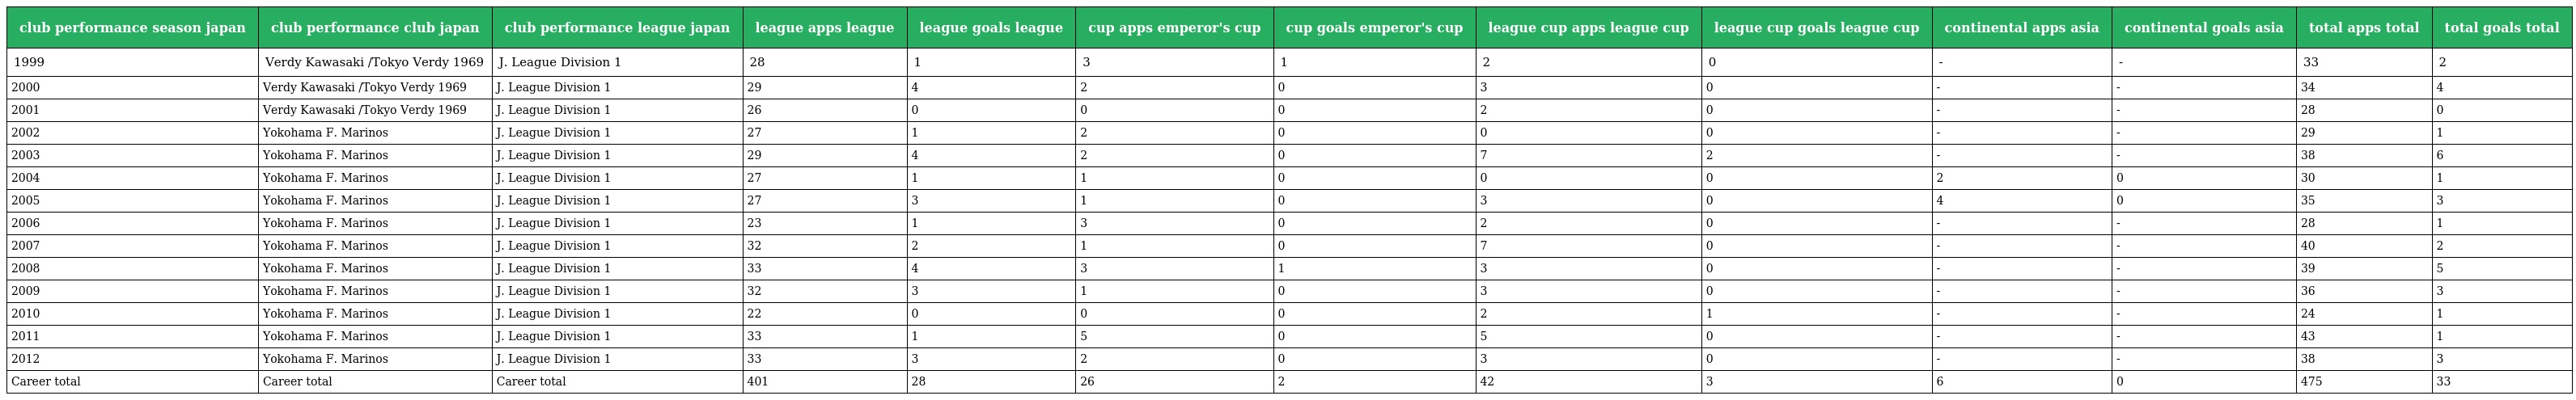
| club performance season japan | club performance club japan | club performance league japan | league apps league | league goals league | cup apps emperor's cup | cup goals emperor's cup | league cup apps league cup | league cup goals league cup | continental apps asia | continental goals asia | total apps total | total goals total |
 | --- | --- | --- | --- | --- | --- | --- | --- | --- | --- | --- | --- | --- |
 | 1999 | Verdy Kawasaki /Tokyo Verdy 1969 | J. League Division 1 | 28 | 1 | 3 | 1 | 2 | 0 | - | - | 33 | 2 |
 | 2000 | Verdy Kawasaki /Tokyo Verdy 1969 | J. League Division 1 | 29 | 4 | 2 | 0 | 3 | 0 | - | - | 34 | 4 |
 | 2001 | Verdy Kawasaki /Tokyo Verdy 1969 | J. League Division 1 | 26 | 0 | 0 | 0 | 2 | 0 | - | - | 28 | 0 |
 | 2002 | Yokohama F. Marinos | J. League Division 1 | 27 | 1 | 2 | 0 | 0 | 0 | - | - | 29 | 1 |
 | 2003 | Yokohama F. Marinos | J. League Division 1 | 29 | 4 | 2 | 0 | 7 | 2 | - | - | 38 | 6 |
 | 2004 | Yokohama F. Marinos | J. League Division 1 | 27 | 1 | 1 | 0 | 0 | 0 | 2 | 0 | 30 | 1 |
 | 2005 | Yokohama F. Marinos | J. League Division 1 | 27 | 3 | 1 | 0 | 3 | 0 | 4 | 0 | 35 | 3 |
 | 2006 | Yokohama F. Marinos | J. League Division 1 | 23 | 1 | 3 | 0 | 2 | 0 | - | - | 28 | 1 |
 | 2007 | Yokohama F. Marinos | J. League Division 1 | 32 | 2 | 1 | 0 | 7 | 0 | - | - | 40 | 2 |
 | 2008 | Yokohama F. Marinos | J. League Division 1 | 33 | 4 | 3 | 1 | 3 | 0 | - | - | 39 | 5 |
 | 2009 | Yokohama F. Marinos | J. League Division 1 | 32 | 3 | 1 | 0 | 3 | 0 | - | - | 36 | 3 |
 | 2010 | Yokohama F. Marinos | J. League Division 1 | 22 | 0 | 0 | 0 | 2 | 1 | - | - | 24 | 1 |
 | 2011 | Yokohama F. Marinos | J. League Division 1 | 33 | 1 | 5 | 0 | 5 | 0 | - | - | 43 | 1 |
 | 2012 | Yokohama F. Marinos | J. League Division 1 | 33 | 3 | 2 | 0 | 3 | 0 | - | - | 38 | 3 |
 | Career total | Career total | Career total | 401 | 28 | 26 | 2 | 42 | 3 | 6 | 0 | 475 | 33 |